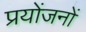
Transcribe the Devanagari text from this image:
प्रयोंजनों